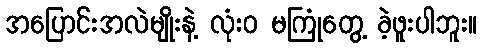
အပြောင်းအလဲမျိုးနဲ့ လုံးဝ မကြုံတွေ့ ခဲ့ဖူးပါဘူး။